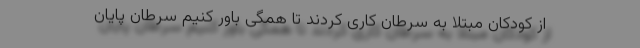
از کودکان مبتلا به سرطان کاری کردند تا همگی باور کنیم سرطان پایان